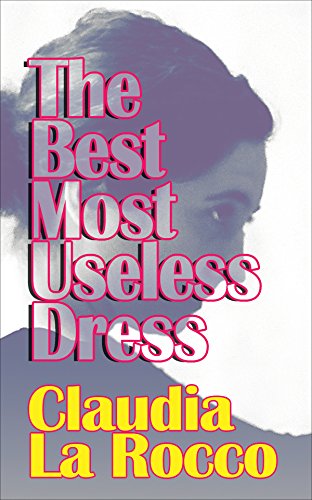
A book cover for The Best Most Useless Dress: Selected Writings of Claudia La Rocco; Arts & Photography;